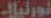
تورتيلا-